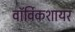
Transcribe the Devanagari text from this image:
वॉर्विकशायर